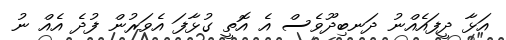
އަޅާ ދީފައެއްނު ދަނބިދޫވެސް އެ އޮތީ ގުޅާފަ އެވަރުން ފުދެ އެއް ނު